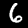
Digit: 6